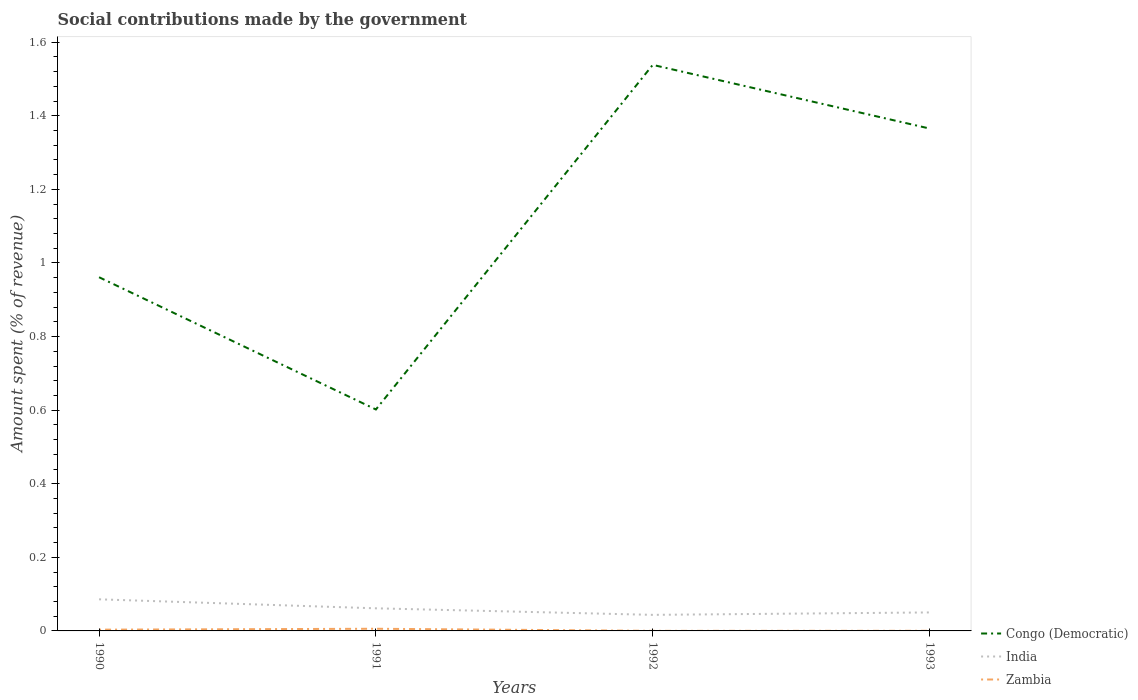
| Years | Congo (Democratic) | India | Zambia |
 | --- | --- | --- | --- |
 | 1990 | 0.961 | 0.0859 | 0.00341 |
 | 1991 | 0.602 | 0.0614 | 0.00588 |
 | 1992 | 1.54 | 0.0437 | 0.000209 |
 | 1993 | 1.37 | 0.0502 | 0.000331 |